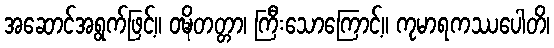
အဆောင်အရွက်ဖြင့်။ ဝဍ္ဎိတတ္တာ၊ ကြီးသောကြောင့်။ ကုမာရကဿပေါတိ၊